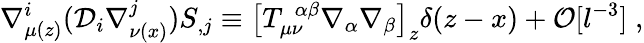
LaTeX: \nabla_{\mu(z)}^{i}({\cal D}_{i}\nabla_{\nu(x)}^{j})S_{,j}\equiv\left[T_{\mu\nu}^{\ \ \alpha\beta}\nabla_{\alpha}\nabla_{\beta}\right]_{z}\delta(z-x)+{\cal O}[l^{-3}]\; ,